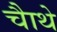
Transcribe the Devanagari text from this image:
चाैथे